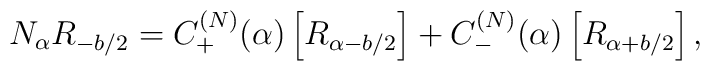
N_{\alpha}R_{-b/2}=C^{(N)}_{+}(\alpha)\left[R_{\alpha-b/2}\right]+C^{(N)}_{-}(\alpha)\left[R_{\alpha+b/2}\right],